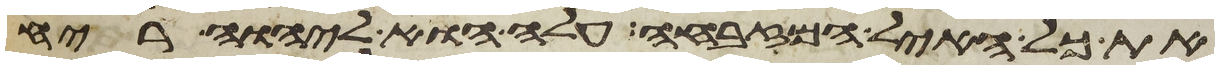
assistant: את כל האיל המזבחה עלה הוא ליהוה ריח